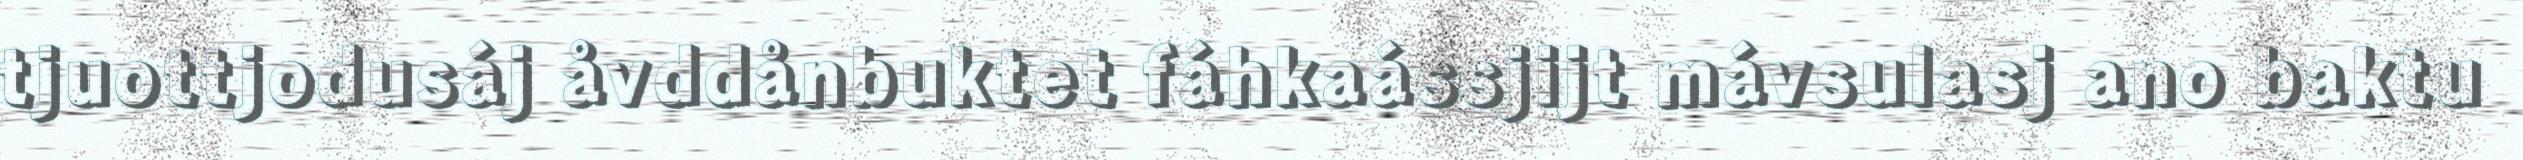
tjuottjodusáj åvddånbuktet fáhkaássjijt mávsulasj ano baktu